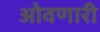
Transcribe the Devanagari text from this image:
ओवणारी